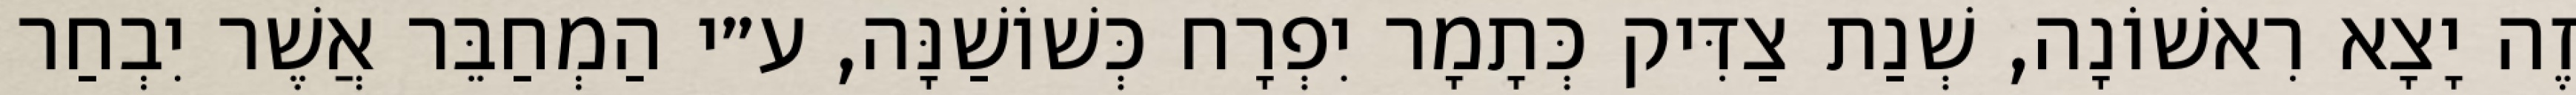
זֶה יָצָא רִאשׁוֹנָה, שְׁנַת צַדִּיק כְּתָמָר יִפְרָח כְּשׁוֹשַׁנָּה, ע״י הַמְחַבֵּר אֲשֶׁר יִבְחַר